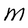
Character: m